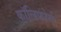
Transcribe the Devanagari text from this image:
कॉलिफोर्म